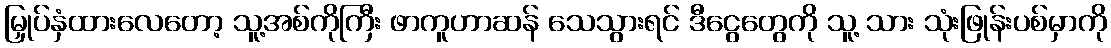
မြှုပ်နှံထားလေတော့ သူ့အစ်ကိုကြီး ဖာကူဟာဆန် သေသွားရင် ဒီငွေတွေကို သူ့ သား သုံးဖြုန်းပစ်မှာကို